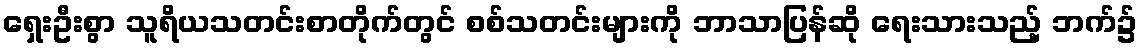
ရှေးဦးစွာ သူရိယသတင်းစာတိုက်တွင် စစ်သတင်းများကို ဘာသာပြန်ဆို ရေးသားသည့် ဘက်၌